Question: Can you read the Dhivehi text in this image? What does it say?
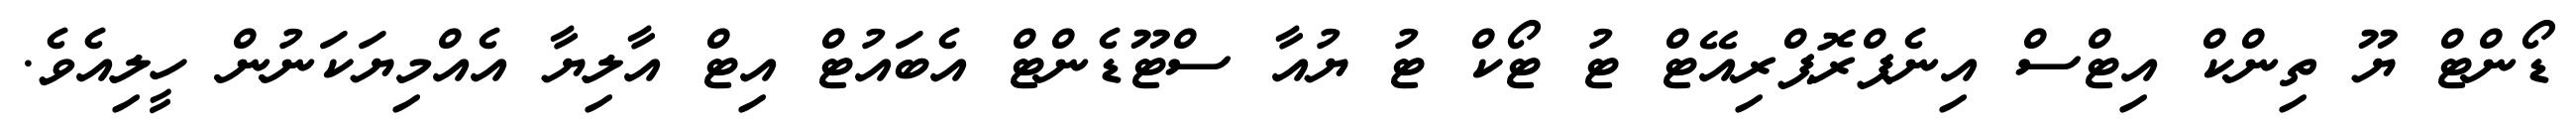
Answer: ޑޯންޓް ޔޫ ތިންކް އިޓްސް އިނެޕްރޮޕްރިއޭޓް ޓު ޓޯކް ޓު ޔުއާ ސްޓޫޑެންޓް އެބައުޓް އިޓް އާލިޔާ އެއްމިޔަކަނުން ހީލިއެވެ.